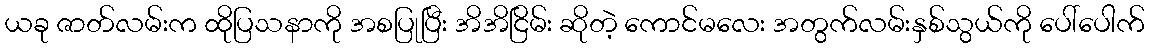
ယခု ဇာတ်လမ်းက ထိုပြသနာကို အစပြုပြီး အိအိငြိမ်း ဆိုတဲ့ ကောင်မလေး အတွက်လမ်းနှစ်သွယ်ကို ပေါ်ပေါက်